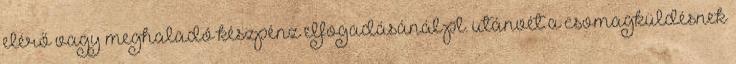
elérő vagy meghaladó készpénz elfogadásánál pl. utánvét a csomagküldésnek